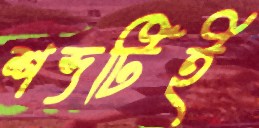
শব্দটিই